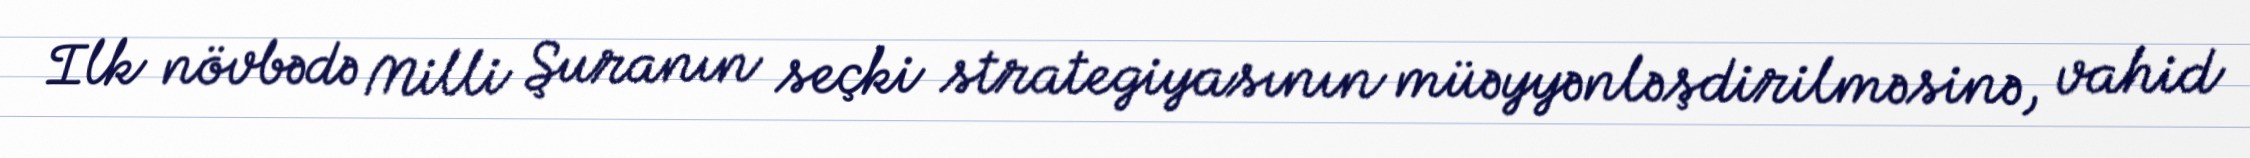
Ilk növbədə Milli Şuranın seçki strategiyasının müəyyənləşdirilməsinə, vahid